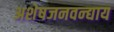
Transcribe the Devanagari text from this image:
अशेषजनवन्द्याय